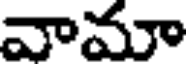
వామా